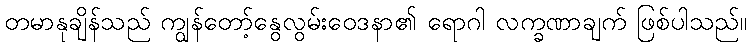
တမာနုချိန်သည် ကျွန်တော့်နွေလွမ်းဝေဒနာ၏ ရောဂါ လက္ခဏာချက် ဖြစ်ပါသည်။